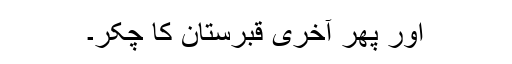
اور پھر آخری قبرستان کا چکّر۔